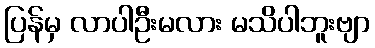
ပြန်မှ လာပါဦးမလား မသိပါဘူးဗျာ